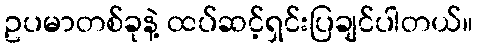
ဥပမာတစ်ခုနဲ့ ထပ်ဆင့်ရှင်းပြချင်ပါတယ်။